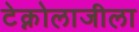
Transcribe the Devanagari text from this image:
टेक्नोलाजीला